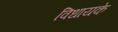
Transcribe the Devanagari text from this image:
विधायके